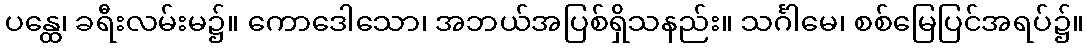
ပန္ထေ၊ ခရီးလမ်းမ၌။ ကောဒေါသော၊ အဘယ်အပြစ်ရှိသနည်း။ သင်္ဂါမေ၊ စစ်မြေပြင်အရပ်၌။